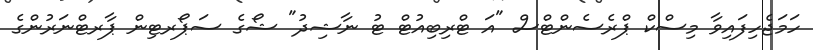
ހަމަޖެހިފައިވާ މިސްކް ޕްރެސެންޓްސް "އަ ޓްރިބިއުޓް ޓު ނާޝިދު" ޝޯގެ ސަޕޯރޓިން ޕާރޓްނަރުންގެ